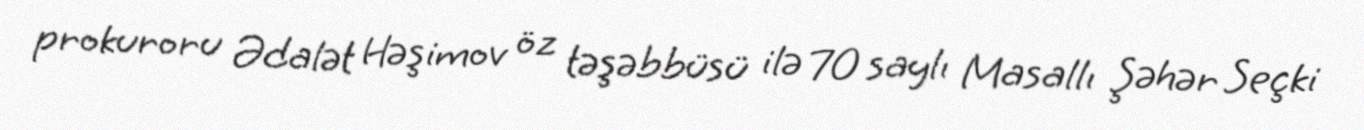
prokuroru Ədalət Həşimov öz təşəbbüsü ilə 70 saylı Masallı Şəhər Seçki